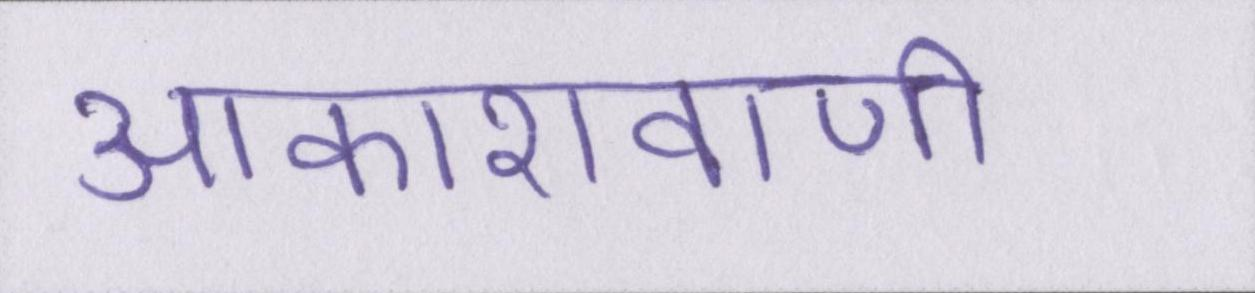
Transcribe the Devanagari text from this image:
आकाशवाणी